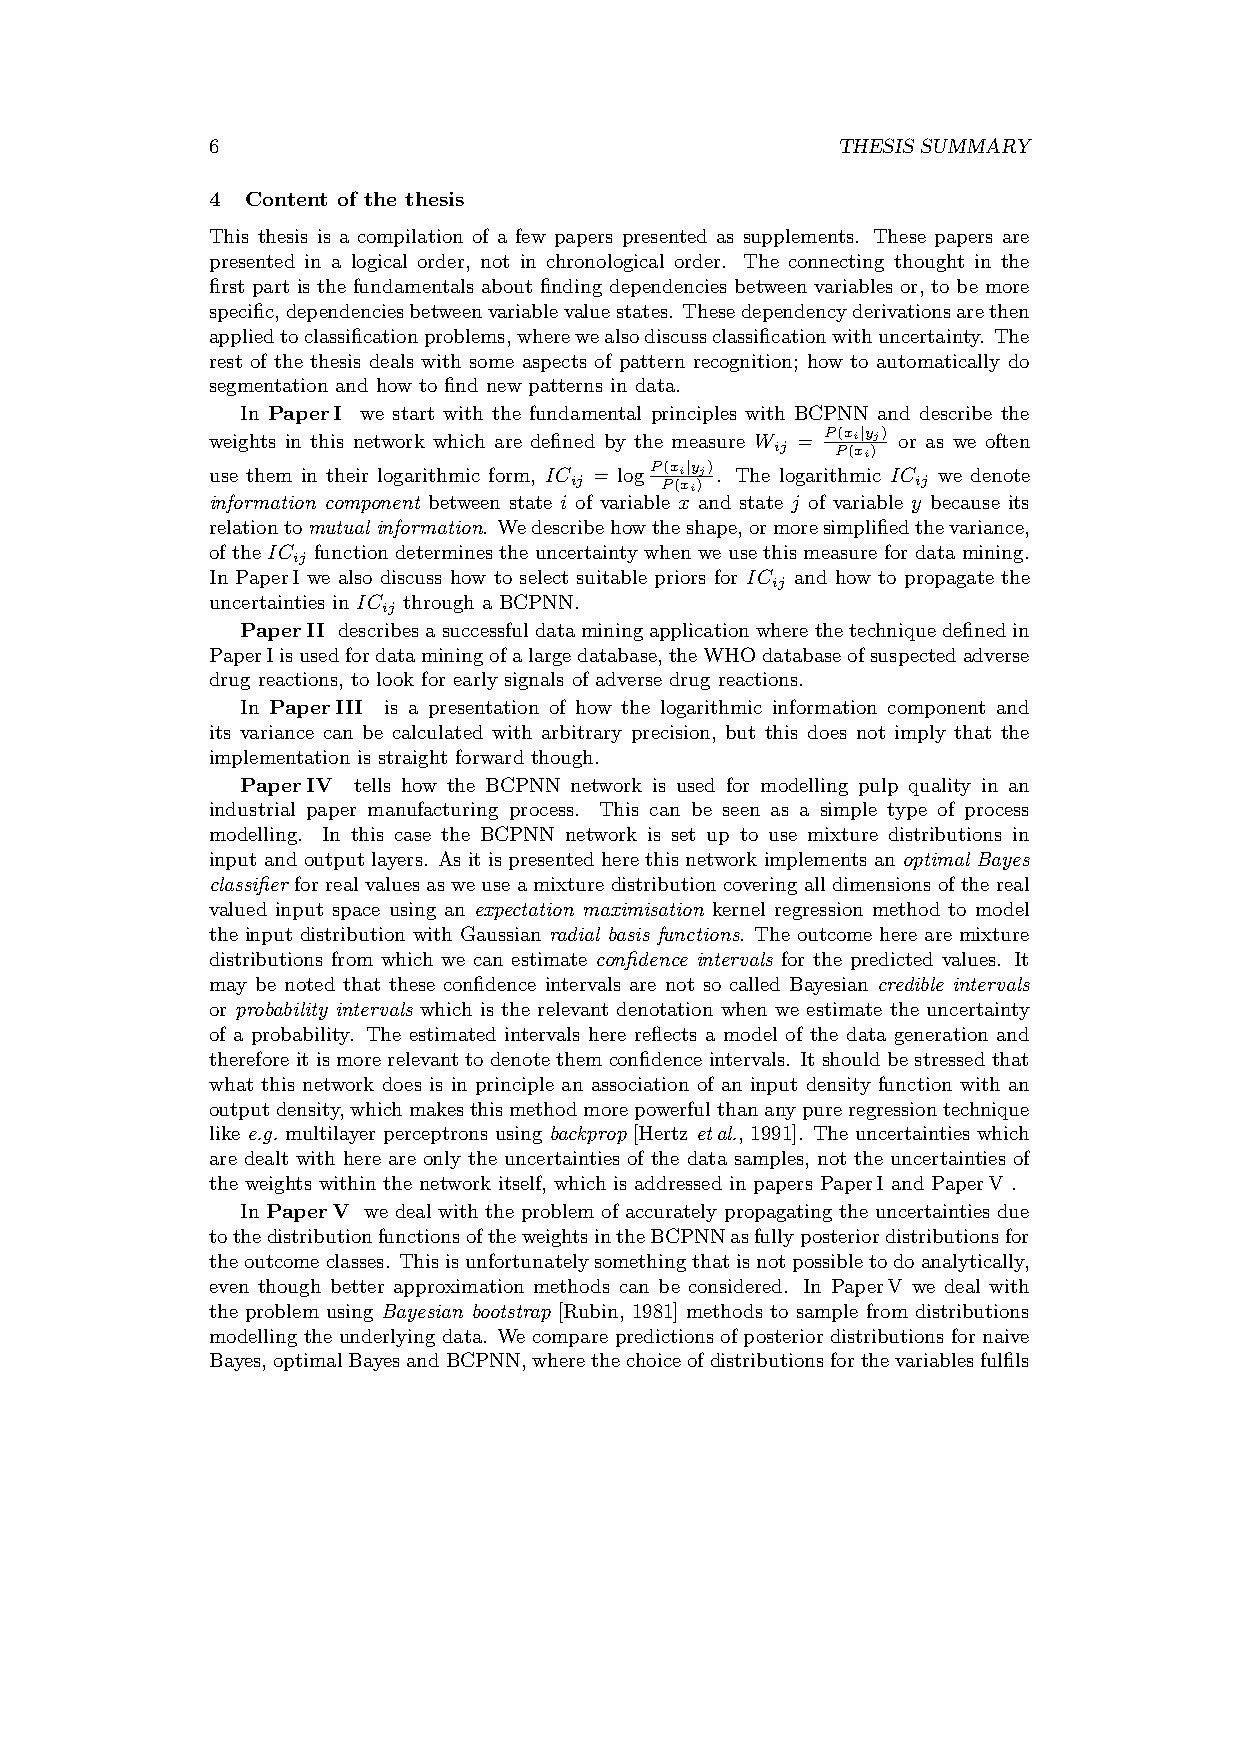
6                                        THESIS SUMMARY
 4 Content of the thesis
 This thesis is a compilation of a few papers presented as supplements. These papers are
 presented in a logical order, not in chronological order. The connecting thought in the
 first part is the fundamentals about finding dependencies between variables or, to be more
 specific,dependenciesbetweenvariablevaluestates. Thesedependencyderivationsarethen
 appliedtoclassificationproblems,wherewealsodiscussclassificationwithuncertainty. The
 rest of the thesis deals with some aspects of pattern recognition; how to automatically do
 segmentation and how to find new patterns in data.
 In PaperI we start with the fundamental principles with BCPNN and describe the
 weights in this network which are defined by the measure W ij = P P(x (i x| iy )j) or as we often
 use them in their logarithmic form, IC ij = log P P(x (i x| iy )j). The logarithmic IC ij we denote
 information component between state i of variable x and state j of variable y because its
 relationtomutualinformation. Wedescribehowtheshape,ormoresimplifiedthevariance,
 of the IC function determines the uncertainty when we use this measure for data mining.
 ij
 In PaperI we also discuss how to select suitable priors for IC and how to propagate the
 ij
 uncertainties in IC through a BCPNN.
 ij
 PaperII describesasuccessfuldataminingapplicationwherethetechniquedefinedin
 PaperIisusedfordataminingofalargedatabase,theWHOdatabaseofsuspectedadverse
 drug reactions, to look for early signals of adverse drug reactions.
 In PaperIII is a presentation of how the logarithmic information component and
 its variance can be calculated with arbitrary precision, but this does not imply that the
 implementation is straight forward though.
 PaperIV tells how the BCPNN network is used for modelling pulp quality in an
 industrial paper manufacturing process. This can be seen as a simple type of process
 modelling. In this case the BCPNN network is set up to use mixture distributions in
 input and output layers. As it is presented here this network implements an optimal Bayes
 classifier for real values as we use a mixture distribution covering all dimensions of the real
 valued input space using an expectation maximisation kernel regression method to model
 the input distribution with Gaussian radial basis functions. The outcome here are mixture
 distributions from which we can estimate confidence intervals for the predicted values. It
 may be noted that these confidence intervals are not so called Bayesian credible intervals
 or probability intervals which is the relevant denotation when we estimate the uncertainty
 of a probability. The estimated intervals here reflects a model of the data generation and
 therefore it is more relevant to denote them confidence intervals. It should be stressed that
 what this network does is in principle an association of an input density function with an
 outputdensity,whichmakesthismethodmorepowerfulthananypureregressiontechnique
 like e.g. multilayer perceptrons using backprop [Hertz etal., 1991]. The uncertainties which
 are dealt with here are only the uncertainties of the data samples, not the uncertainties of
 the weights within the network itself, which is addressed in papers PaperI and PaperV .
 In PaperV we deal with the problem of accurately propagating the uncertainties due
 tothedistributionfunctionsoftheweightsintheBCPNNasfullyposteriordistributionsfor
 theoutcomeclasses. Thisisunfortunatelysomethingthatisnotpossibletodoanalytically,
 even though better approximation methods can be considered. In PaperV we deal with
 the problem using Bayesian bootstrap [Rubin, 1981] methods to sample from distributions
 modelling the underlying data. We compare predictions of posterior distributions for naive
 Bayes,optimalBayesandBCPNN,wherethechoiceofdistributionsforthevariablesfulfils